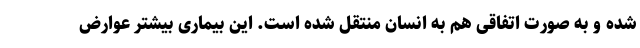
شده و به صورت اتفاقی هم به انسان منتقل شده است. این بیماری بیشتر عوارض